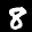
Label: 8